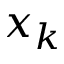
x _ { k }